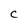
Character: C